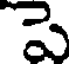
పె